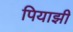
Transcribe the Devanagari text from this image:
पियाझी